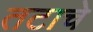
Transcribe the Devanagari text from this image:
तटाचे